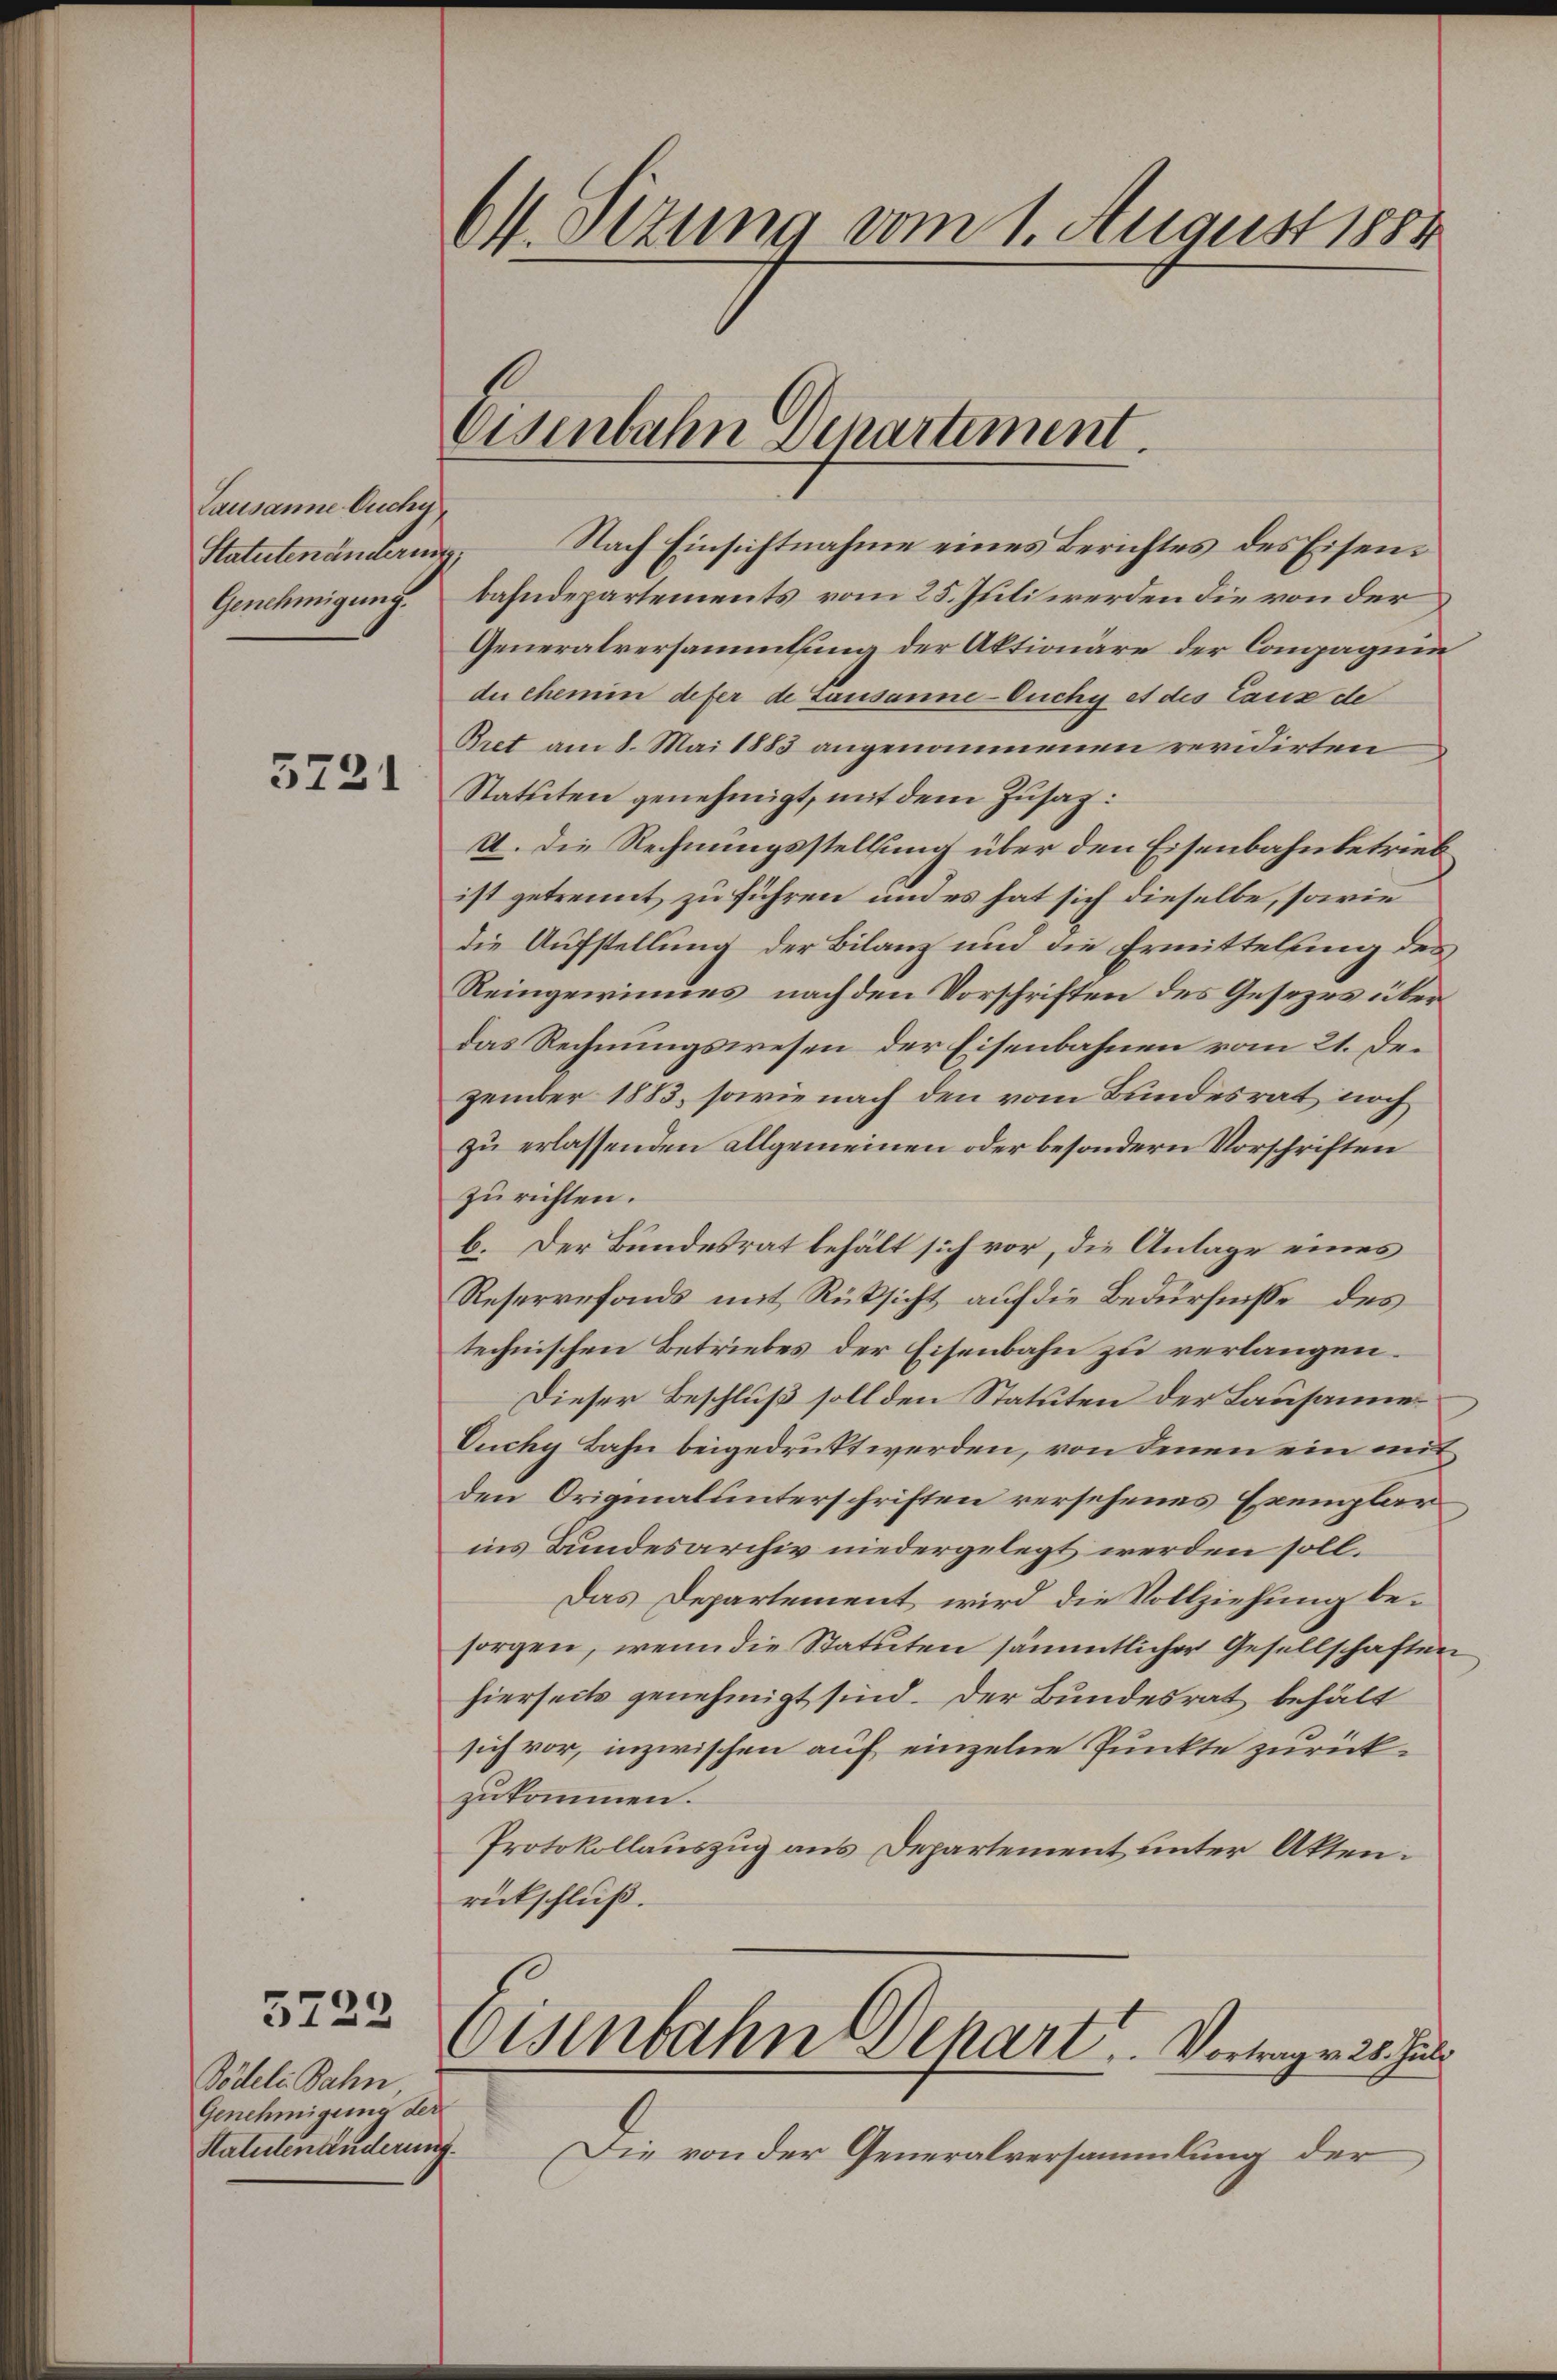
Lausanne Ouchy
Statutenänderung,
Genehmigung.

3721

Pödel Bahn
Genehmigung der
Statutenänderung.

3723

Ok. Sitzung vom 1. August 1884

Eisenbahn Dchartement.

Nach Einsichtnahme eines Berichtes des Eisenbahndepartements vom 25. Juli werden die von der
Generalversammlung der Aktionäre der Compagnin
du chemin defer de Lausanne-Ouchy et des Lanz de
Bret am 8. Mai 1883 angenommenen revidirten
Statuten genehmigt, mit dem Zusatz:
A. Die Rechnungsstellung über den Eisenbahnbetrieb
ist getrennt zu führen und es hat sich dieselbe, sowie
die Aufstellung der Bilanz und die Ermittelung des
Reingewinnes, nach den Vorschriften des Gesezes über
das Rechnungswesen der Eisenbahnen vom 21. Dezember 1883, sowie nach den vom Bundesrat noch
zu erlassenden allgemeinen oder besondern Vorschriften
zurichten.
b. Der Bundesrat behält sich vor, die Anlage eines
Reservefonds mit Rüksicht auf die Bedürfnisse des
technischen Betriebes der Eisenbahn zu verlangen.
Dieser Beschluß soll den Statuten der Lausannes
Vuchy Bahn beigedruckt werden, von denen ein mit
den Originalunterschriften versehenes Exemplar
ins Bundesarchiv niedergelegt werden soll.
Das Departement wird die Vollziehung besorgen, wenn die Statuten sämmtlicher Gesellschaften
hierseits genehmigt sind. Der Bundesrat behält
sich vor, inzwischen auf einzelne Punkte zurückzukommen.
Protokollauszug aus Departement unter Akten.
rückschluß.

Eisenbahn Behart. Vorwegen 25. Juli

Die von der Generalversammlung der